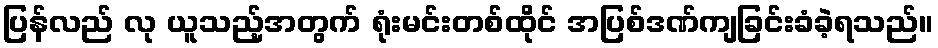
ပြန်လည် လု ယူသည့်အတွက် ရုံးမင်းတစ်ထိုင် အပြစ်ဒဏ်ကျခြင်းခံခဲ့ရသည်။